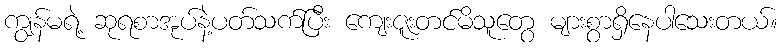
ကျွန်မရဲ့ ဆုရစာအုပ်နဲ့ပတ်သက်ပြီး ကျေးဇူးတင်မိသူတွေ များစွာရှိနေပါသေးတယ်။